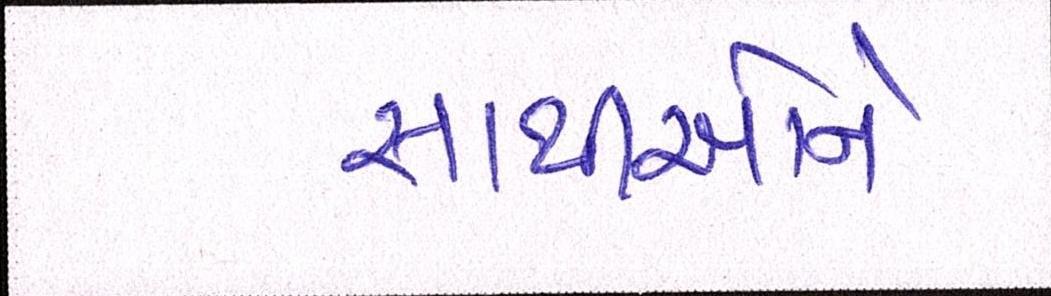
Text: સાથીઓને